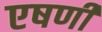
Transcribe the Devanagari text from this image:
एषणी